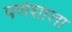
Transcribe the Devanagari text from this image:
पर्णशाला